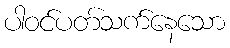
ပါဝင်ပတ်သက်နေသော